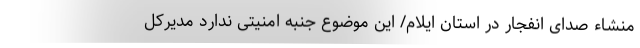
منشاء صدای انفجار در استان ایلام/ این موضوع جنبه امنیتی ندارد مدیرکل